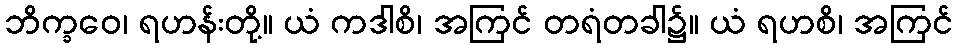
ဘိက္ခဝေ၊ ရဟန်းတို့။ ယံ ကဒါစိ၊ အကြင် တရံတခါ၌။ ယံ ရဟစိ၊ အကြင်